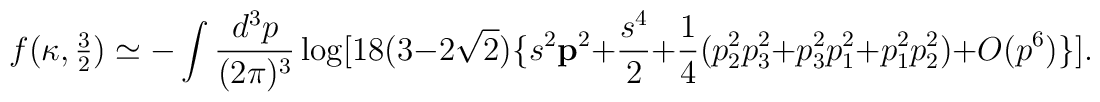
f(\kappa, {\textstyle \frac{3}{2}})\simeq - \int \frac{d^3 p}{(2 \pi)^3}\log[18(3-2 \sqrt{2}) \{ s^2 {\bf p}^2 + \frac{s^4}{2} + \frac{1}{4}( p_2 ^2 p_3 ^2 + p_3 ^2 p_1 ^2 + p_1 ^2 p_2 ^2) + O(p^6) \}].